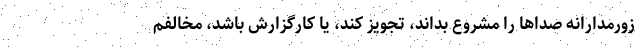
زورمدارانه‌ صداها را مشروع بداند،‌ تجویز کند، یا کارگزارش باشد، مخالفم